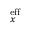
_ x ^ { \mathrm { e f f } }